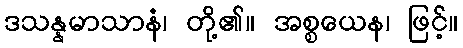
ဒသန္နမာသာနံ၊ တို့၏။ အစ္စယေန၊ ဖြင့်။